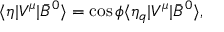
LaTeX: \langle \eta | V ^ { \mu } | \bar { B } ^ { 0 } \rangle = \cos { \phi } \langle \eta _ { q } | V ^ { \mu } | \bar { B } ^ { 0 } \rangle ,